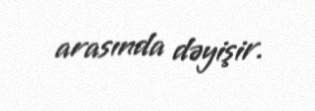
arasında dəyişir.